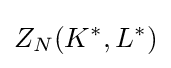
Z_{N}(K^{*},L^{*})